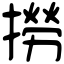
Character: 撈